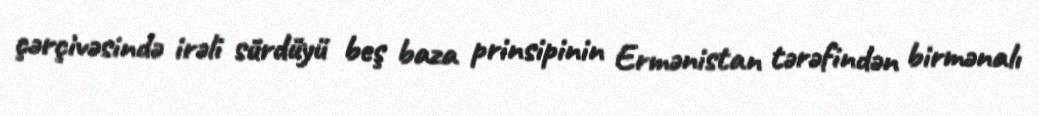
çərçivəsində irəli sürdüyü beş baza prinsipinin Ermənistan tərəfindən birmənalı